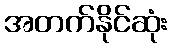
အတက်နိုင်ဆုံး